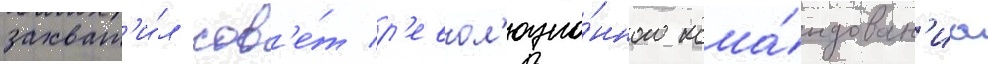
захват'и́л сов'е́т р'евол'юцио́нного кома́ндован'иа